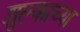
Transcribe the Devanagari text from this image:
शुल्काच्या